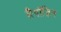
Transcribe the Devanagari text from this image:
सैपॉडिन